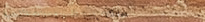
محلات بيع المجوهرات الذهب